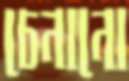
চেনানো